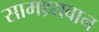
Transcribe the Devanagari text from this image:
सामथ्र्यवान